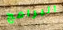
البرامج